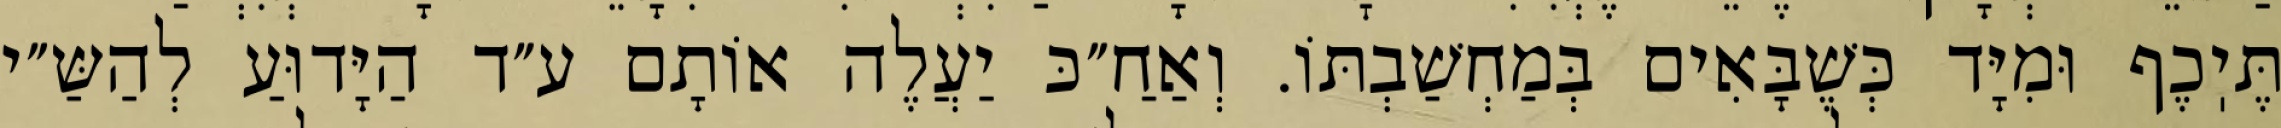
תֶּיֽכֶף וּמִיָּד כְּשֶׁבָּאִים בְּמַחְשַׁבְתּוֹ. וְאַחַ״כּ יַעֲלֶה אוֹתָם ע״ד הַיָּדוּעַ לְהַשַּ״י